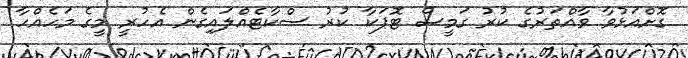
ގޮށްއަޅުވާ ވާއްތަރުގެ ކުރު ގަމީސް ޓޮޕަކާ ކުރު ސްކާޓެއްލައިގެން އެހުރީ މީގެ މަހެއްހާ